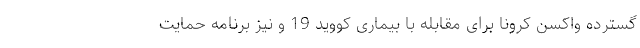
گسترده واکسن کرونا برای مقابله با بیماری کووید 19 و نیز برنامه حمایت